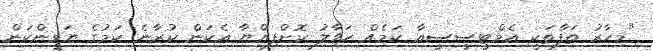
"މިހާރު ތަފާތަކީ އެމްޓީސީސީއާ ކަމެއް ހަވާލު ކޮށްފިއްޔާ އެކަން ކުރާނެ ކަމުގެ ޔަގީންކަން